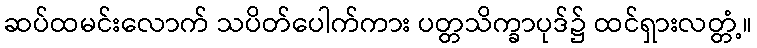
ဆပ်ထမင်းလောက် သပိတ်ပေါက်ကား ပတ္တသိက္ခာပုဒ်၌ ထင်ရှားလတ္တံ့။